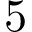
5